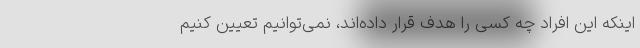
اینکه این افراد چه کسی را هدف قرار داده‌اند، نمی‌توانیم تعیین کنیم